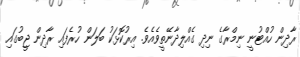
ރާދިން ހުއްޓުނީ ނިމްރާގެ ނިދި ގެއްލިދާނޭތީވެއެވެ. އިރުކޮޅަކު ބަލަން ހުރެފައި ރާދިން ޖީބުގައި